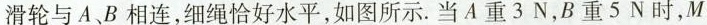
滑轮与A、B相连，细绳恰好水平，如图所示。当A重3N，B重5N时，M